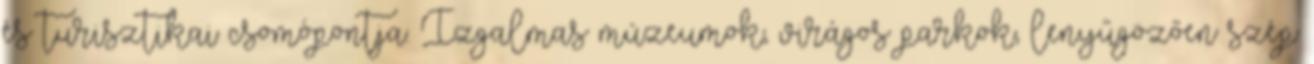
és turisztikai csomópontja. Izgalmas múzeumok, virágos parkok, lenyűgözően szép